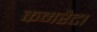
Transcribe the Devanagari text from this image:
कमरैटा